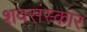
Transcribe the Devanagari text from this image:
शवसंस्कार